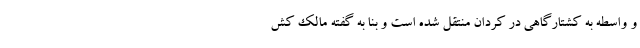
و واسطه به کشتارگاهی در کردان منتقل شده است و بنا به گفته مالک کش